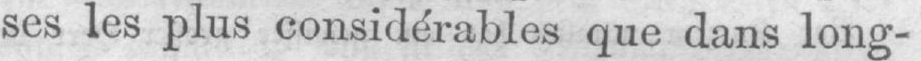
ses les plus considérables que dans long-